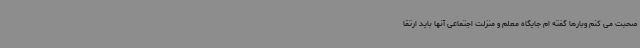
صحبت می کنم وبارها گفته ام جایگاه معلم و منزلت اجتماعی آنها باید ارتقا